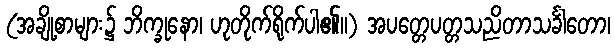
(အချို့စာများ၌ ဘိက္ခုနော၊ ဟုတိုက်ရိုက်ပါ၏။) အပတ္တေပတ္တသညိတာသင်္ခါတော၊